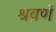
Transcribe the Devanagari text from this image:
श्रवणें